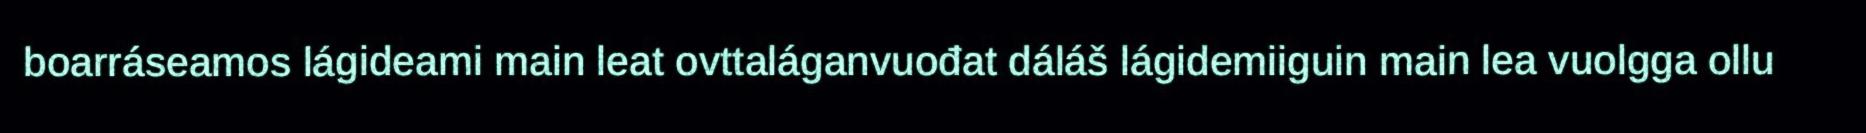
boarráseamos lágideami main leat ovttaláganvuođat dáláš lágidemiiguin main lea vuolgga ollu